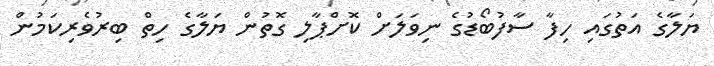
ޔަލާގެ އަތުގައި ހިފާ ސާފުބޯޑުގެ ނިވަލަށް ކޮށްޕާލި ގޮތުން ޔަލާގެ ހިތް ބިރުވެރިކަމުން